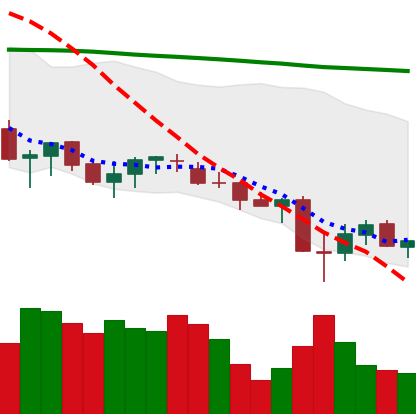
Ticker: XLM-USD
Chart end date: 2021-06-26
Forward return: 8.198%
Label: up_7plus